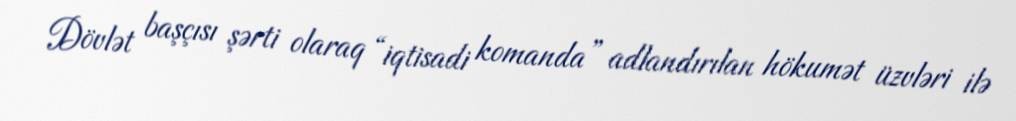
Dövlət başçısı şərti olaraq “iqtisadi komanda” adlandırılan hökumət üzvləri ilə